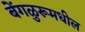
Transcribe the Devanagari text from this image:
बेंगळुरूमधील